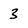
Character: 3